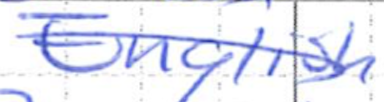
Text: English
Cross-out: diagonal
Writing tool: ballpoint